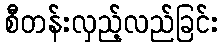
စီတန်းလှည့်လည်ခြင်း